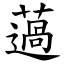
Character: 薖